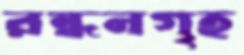
রন্ধনগৃহ